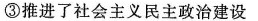
③推进了社会主义民主政治建设